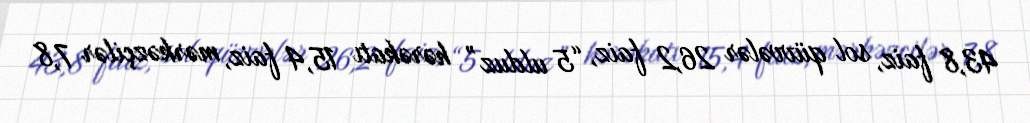
43,8 faiz, sol qüvvələr 26,2 faiz, “5 ulduz” hərəkatı 15,4 faiz, mərkəzçilər 7,8